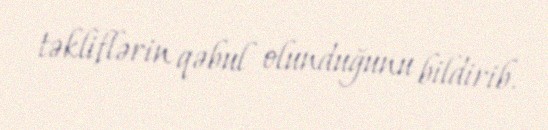
təkliflərin qəbul olunduğunu bildirib.